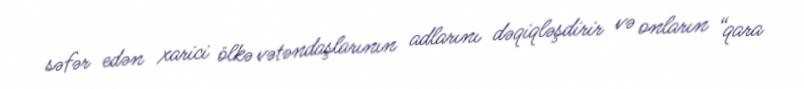
səfər edən xarici ölkə vətəndaşlarının adlarını dəqiqləşdirir və onların “qara